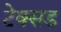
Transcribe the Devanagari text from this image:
टेक्सड